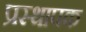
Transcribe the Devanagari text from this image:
प्रस्थापक